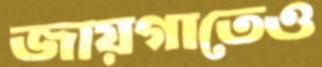
জায়গাতেও